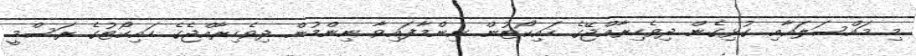
މި މައްސަލައާއި ގުޅިގެން ދިވެހިރާއްޖޭގެ ހައިކޯޓުން ނިންމާފައިވާ ނިންމުން ދިވެހިރާއްޖެގެ ހައިކޯޓުގެ ރަސްމީ